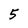
Character: 5